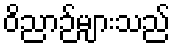
ဝိညာဉ်များသည်